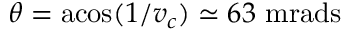
\theta = \mathrm { a c o s } ( 1 / v _ { c } ) \simeq 6 3 ~ \mathrm { m r a d s }